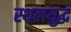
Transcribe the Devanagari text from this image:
स्थलयुद्ध